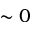
\sim 0